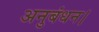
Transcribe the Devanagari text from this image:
अनुबंधन।